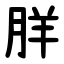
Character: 羘